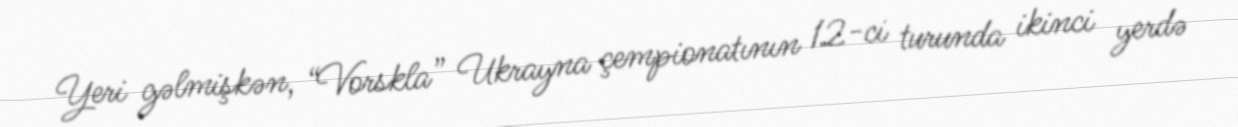
Yeri gəlmişkən, “Vorskla” Ukrayna çempionatının 12-ci turunda ikinci yerdə